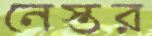
নেস্তর